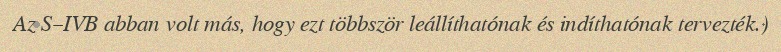
Az S–IVB abban volt más, hogy ezt többször leállíthatónak és indíthatónak tervezték.)